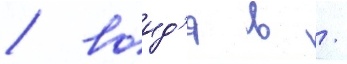
/ воид'я в /